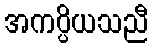
အကပ္ပိယသညီ